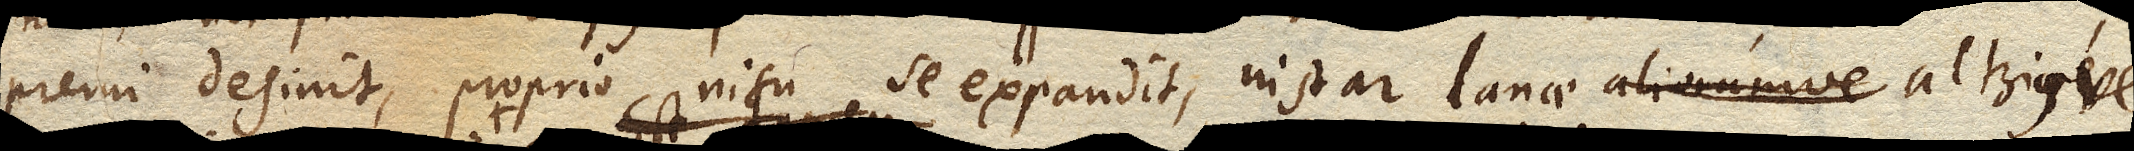
premi desinit, proprio nisu se expandit, instar lanae aliorumve corporum villosorum alteriusve